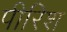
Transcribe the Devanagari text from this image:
पीरिश